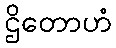
ဌိတောဟံ